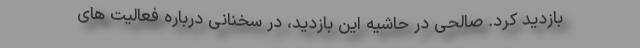
بازدید کرد. صالحی در حاشیه این بازدید، در سخنانی درباره فعالیت های